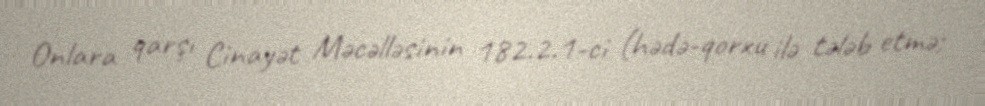
Onlara qarşı Cinayət Məcəlləsinin 182.2.1-ci (hədə-qorxu ilə tələb etmə;